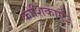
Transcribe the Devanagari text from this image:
कोशिकाएँ३